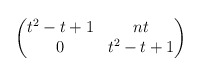
\begin{align*}\begin{pmatrix} t^2 - t + 1 & n t \\ 0 & t^2 - t + 1 \end{pmatrix}\end{align*}